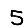
Digit: 5